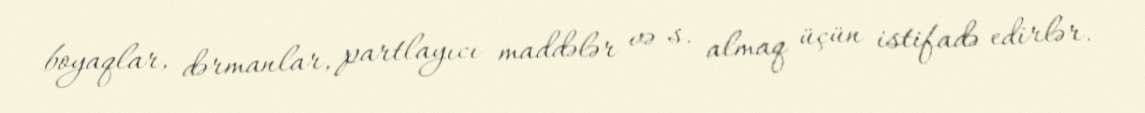
boyaqlar, dərmanlar, partlayıcı maddələr və s. almaq üçün istifadə edirlər.